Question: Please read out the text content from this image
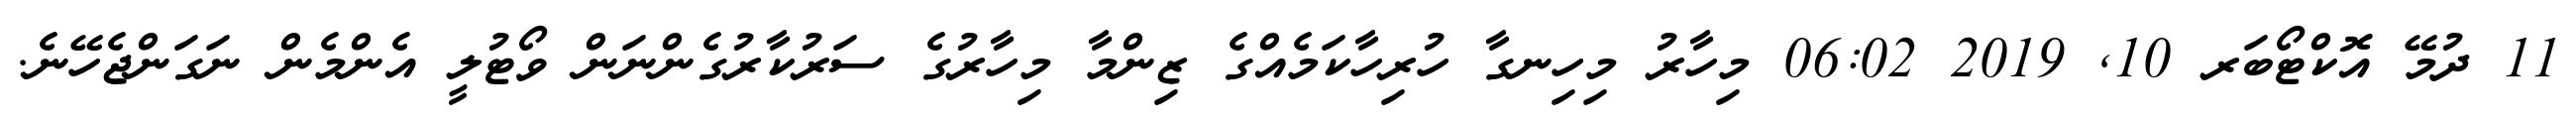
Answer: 11 ދުމޭ އޮކްޓޯބަރ 10, 2019 06:02 މިހާރު މިހިނގާ ހުރިހާކަމެއްގެ ޒިންމާ މިހާރުގެ ސަރުކާރުގެންނަން ވޯޓުލީ އެންމެން ނަގަންޖެހޭނެ.